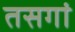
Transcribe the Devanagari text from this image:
तसगां